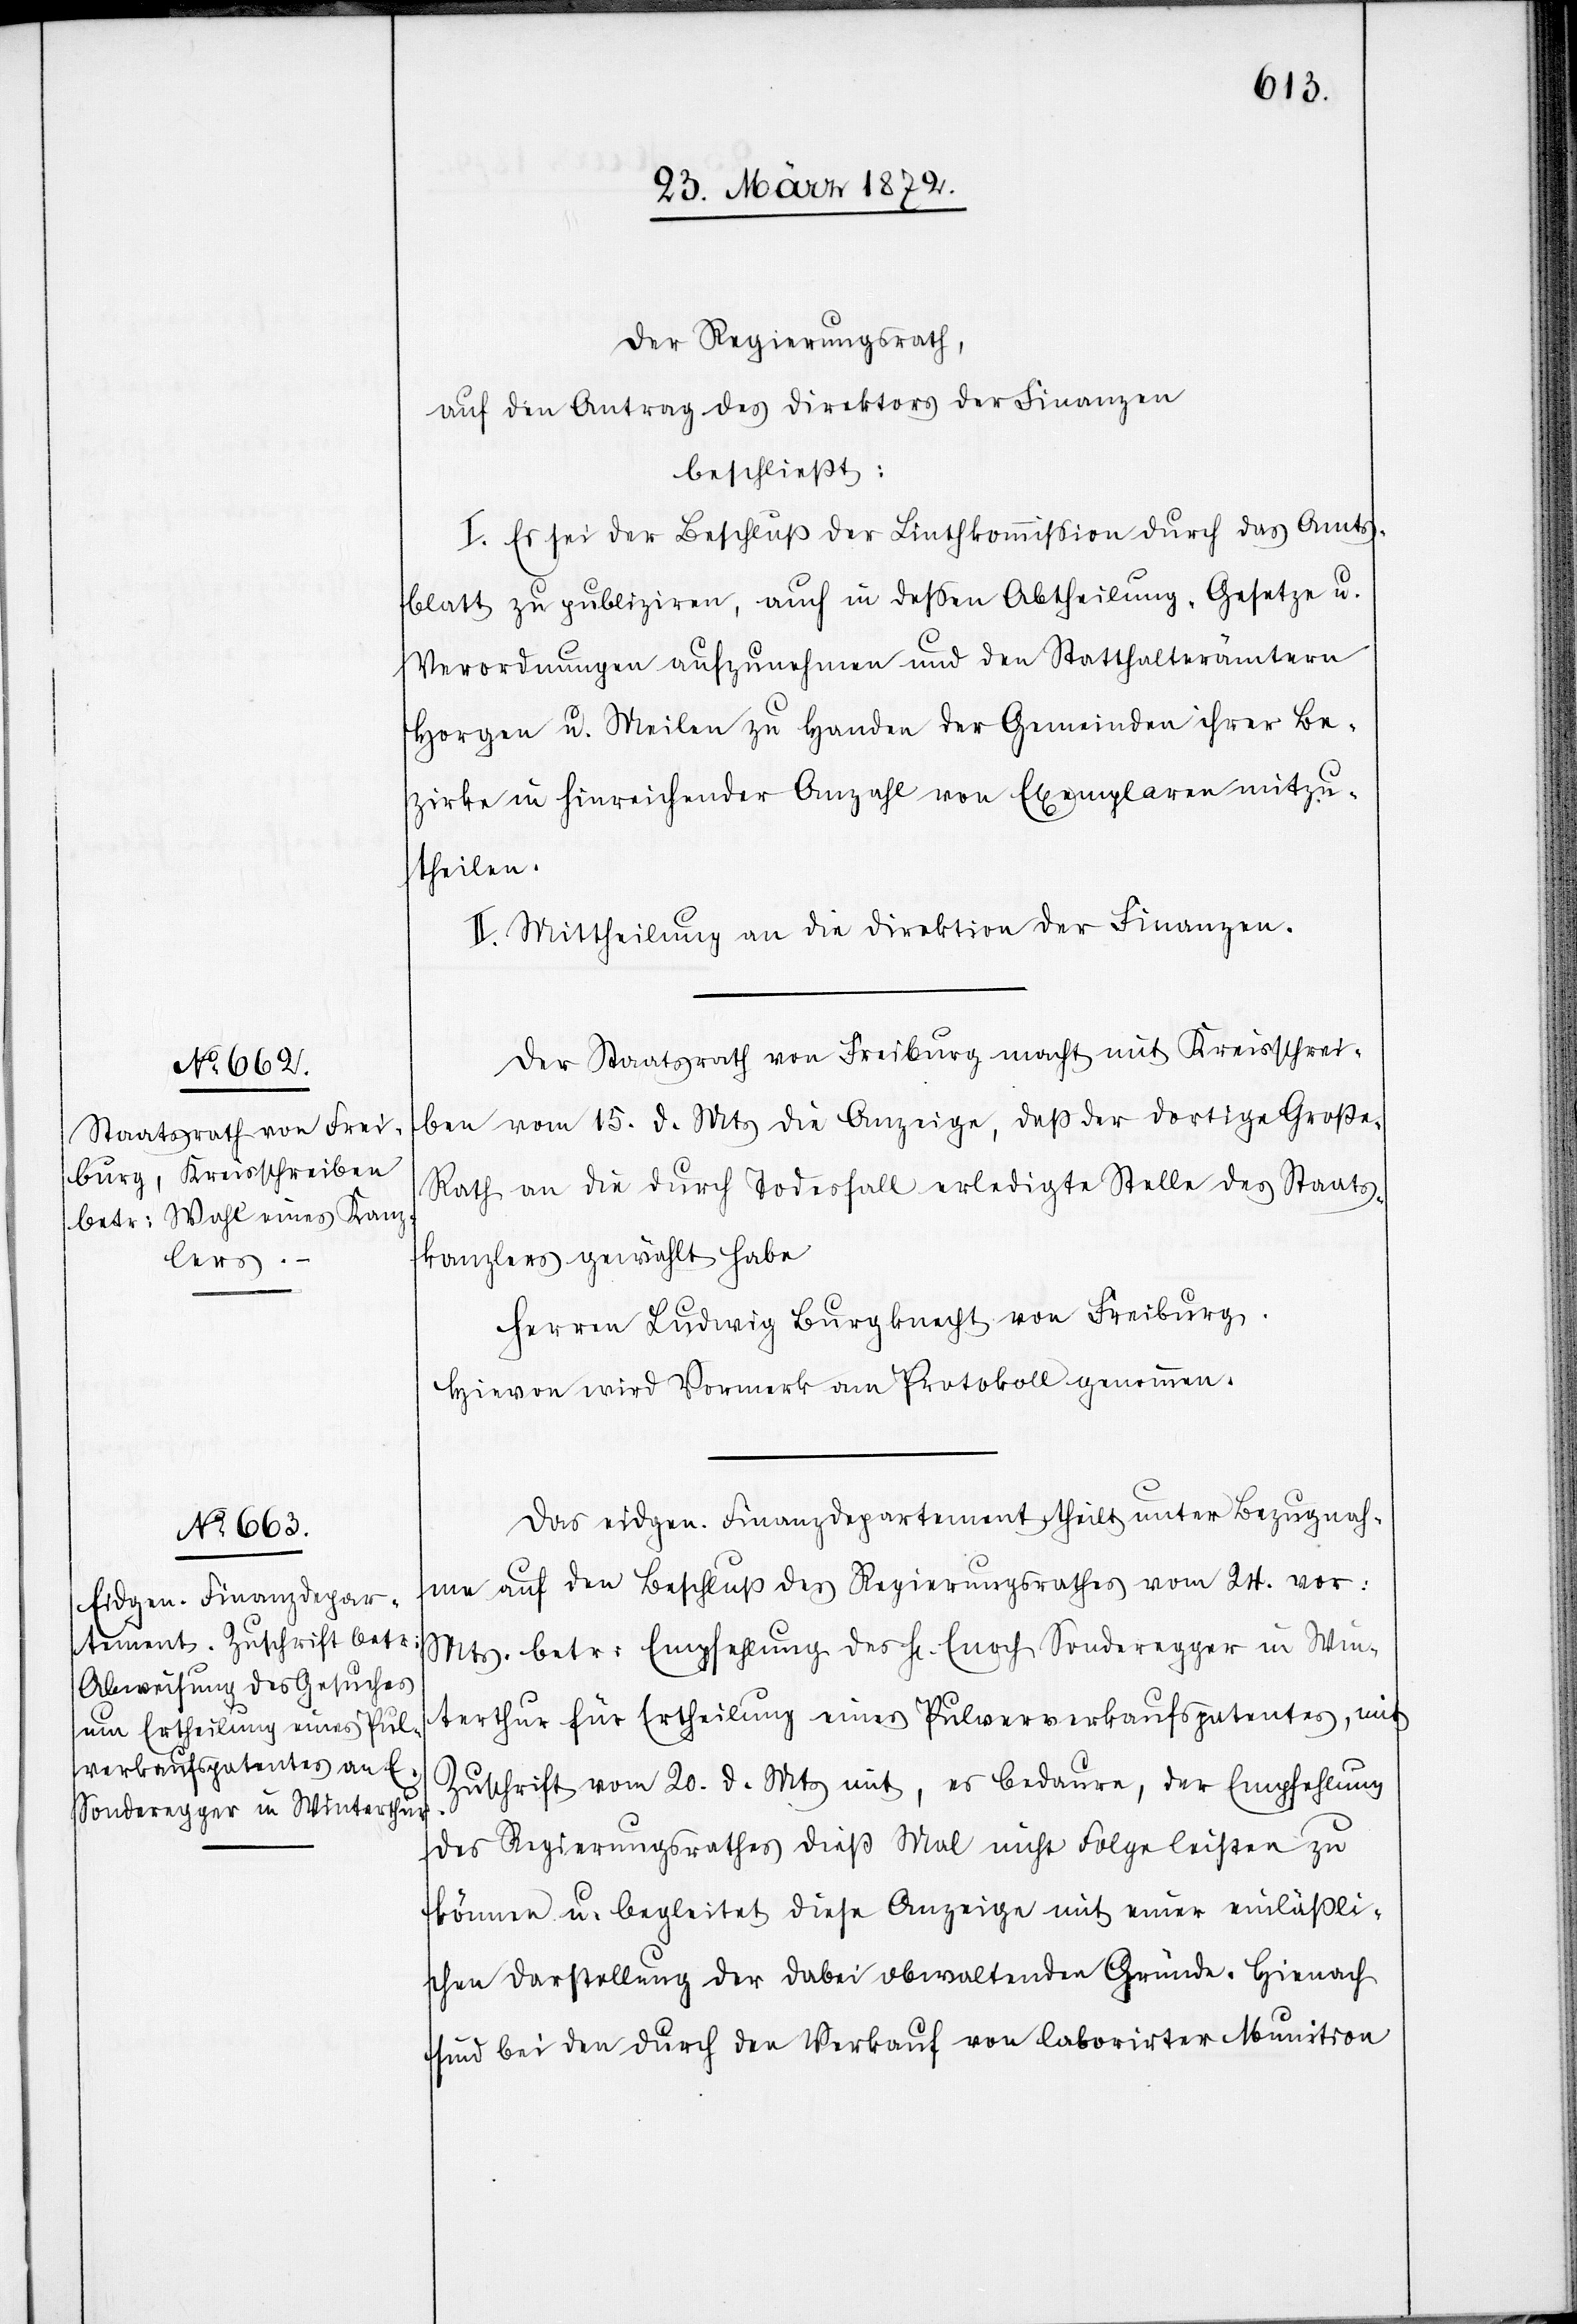
Der Regierungsrath,
auf den Antrag des Direktors der Finanzen
beschließt:
I. Es sei der Beschluß der Linthkommission durch das Amts¬
blatt zu publiziren, auch in dessen Abtheilung „Gesetze u.
Verordnungen[“] aufzunehmen und den Statthalterämtern
Horgen u. Meilen zu Handen der Gemeinden ihrer Be¬
zirke in hinreichender Anzahl von Exemplaren mitzu¬
theilen.
II. Mittheilung an die Direktion der Finanzen.
Der Staatsrath von Freiburg macht mit Kreisschrei¬
ben vom 15. d. Mts die Anzeige, daß der dortige Große-R¬
ath an die durch Todesfall erledigte Stelle des Staats¬
kanzlers gewählt habe
Herren Ludwig Burgknecht von Freiburg.
Hievon wird Vormerk am Protokoll genommen.
Das eidgen. Finanzdepartement theilt unter Bezugnah¬
me auf den Beschluß des Regierungsrathes vom 24. vor:
Mts. betr: Empfehlung des Hr. Enoch Sonderegger in Win¬
terthur für Ertheilung eines Pulververkaufspatentes, mit
Zuschrift vom 20. d. Mts mit, es bedaure, der Empfehlung
des Regierungsrathes dieß Mal nicht Folge leisten zu
können u. begleitet diese Anzeige mit einer einläßli¬
chen Darstellung der dabei obwaltenden Gründe. Hienach
sind bei den durch den Verkauf von laborirter Munition